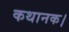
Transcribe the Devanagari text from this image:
कथानक।